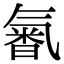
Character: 𣱩